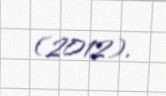
(2012).